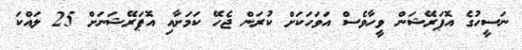
ނަސީހުގެ އޮޕަރޭޝަން ވީހާވެސް އަވަހަކަށް ކުރަން ޖެހޭ ކަމަށާއި އޮޕަރޭޝަނަށް 25 ލައްކަ